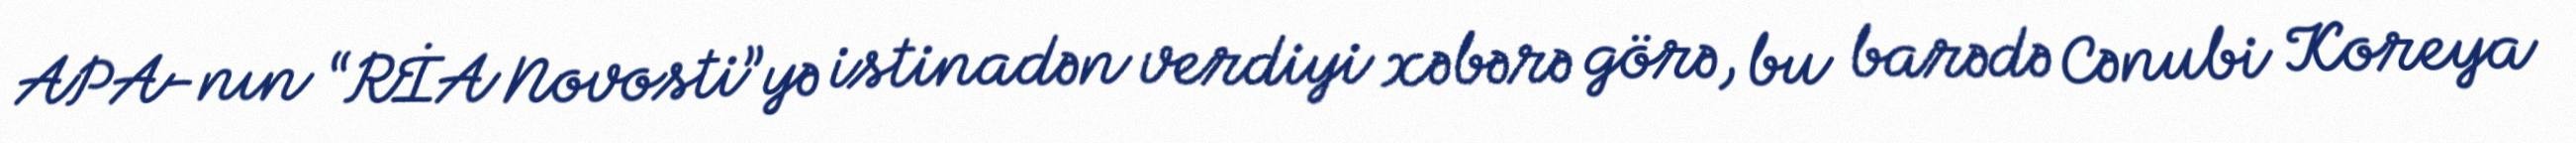
APA-nın “RİA Novosti”yə istinadən verdiyi xəbərə görə, bu barədə Cənubi Koreya